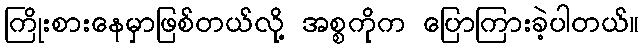
ကြိုးစားနေမှာဖြစ်တယ်လို့ အစ္စကိုက ပြောကြားခဲ့ပါတယ်။